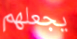
يجعلهم